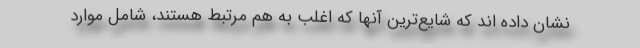
نشان داده اند که شایع‌ترین آنها که اغلب به هم مرتبط هستند، شامل موارد